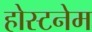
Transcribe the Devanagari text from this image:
होस्टनेम